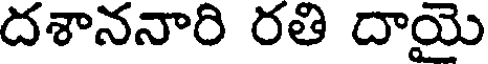
దశాననారి రతి దాయై